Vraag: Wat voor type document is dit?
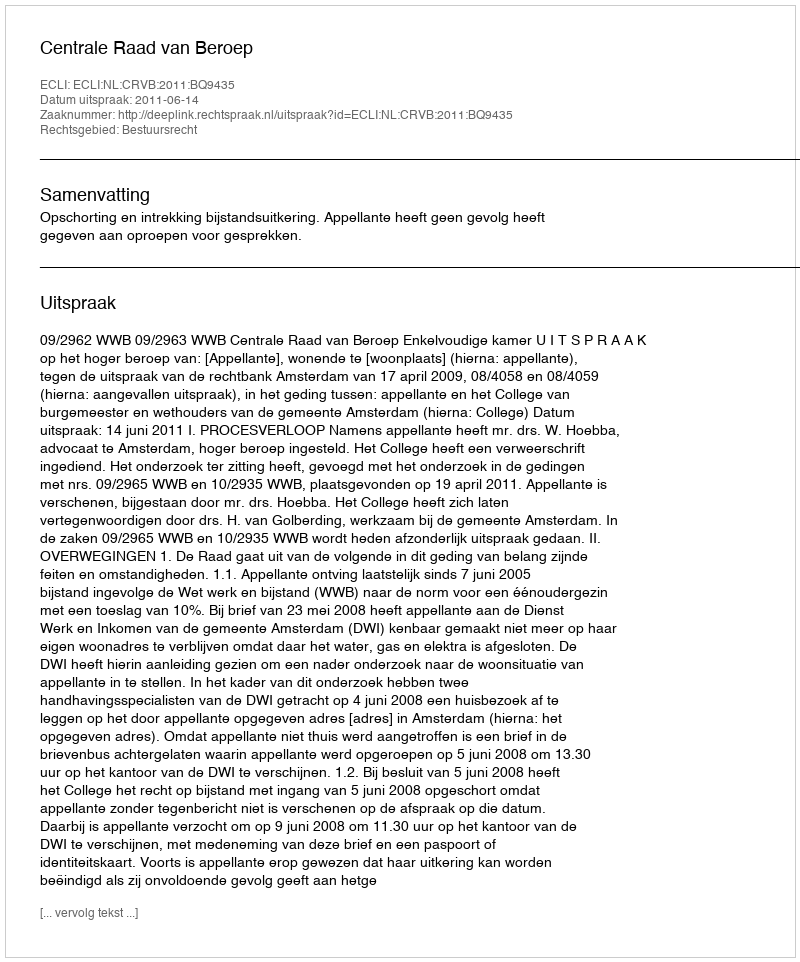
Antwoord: Uitspraak